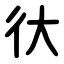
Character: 㣕